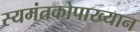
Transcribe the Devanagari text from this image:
स्यमंतकोपाख्यान